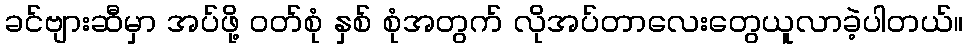
ခင်ဗျားဆီမှာ အပ်ဖို့ ဝတ်စုံ နှစ် စုံအတွက် လိုအပ်တာလေးတွေယူလာခဲ့ပါတယ်။